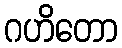
ဂဟိတော